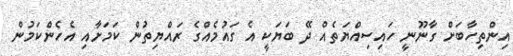
އިންތިހާބަށް ގާނޫނީ ހައިސިއްޔަތެއް ދޭ ބަޔަކީ އެ ގައުމެއްގެ ރައްޔިތުން ކަމަށާއި އެހެންކަމުން